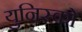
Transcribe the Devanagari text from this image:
युनिस्को